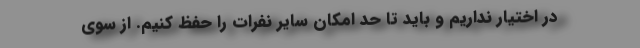
در اختیار نداریم و باید تا حد امکان سایر نفرات را حفظ کنیم. از سوی